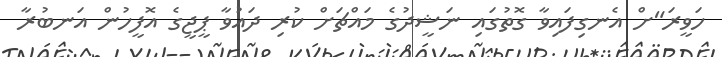
ހަވީރަ"ށް އެނގިފައިވާ ގޮތުގައި ނަޝީދުގެ މައްޗަށް ކުރި ދައުވާ ޕީޖީގެ އޮފީހުން އަނބުރާ